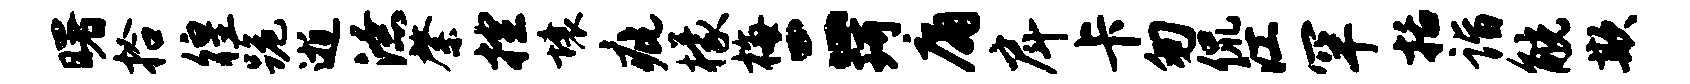
曙拾徨跪逝潦綮控壤疵檬梅二珂庸戽卡匆侃江罕括诣觥欺